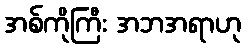
အစ်ကိုကြီး အဘအရာဟု